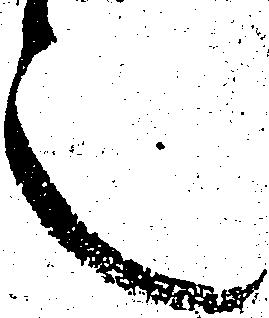
言